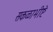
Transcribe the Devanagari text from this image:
सकळाभीष्टे